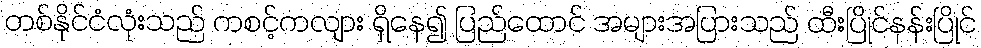
တစ်နိုင်ငံလုံးသည် ကစင့်ကလျား ရှိနေ၍ ပြည်ထောင် အများအပြားသည် ထီးပြိုင်နန်းပြိုင်